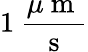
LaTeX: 1\: \frac{\mu\mathrm{~m~}}{\mathrm{~s~}}